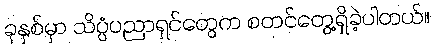
ခုနှစ်မှာ သိပ္ပံပညာရှင်တွေက စတင်တွေ့ရှိခဲ့ပါတယ်။